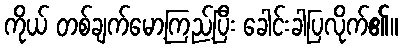
ကိုယ် တစ်ချက်မော့ကြည့်ပြီး ခေါင်းခါပြလိုက်၏။